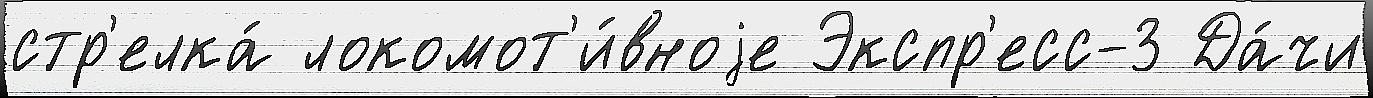
стр'елка́ локомот'и́вноjе Экспр'есс-3 Да́чи